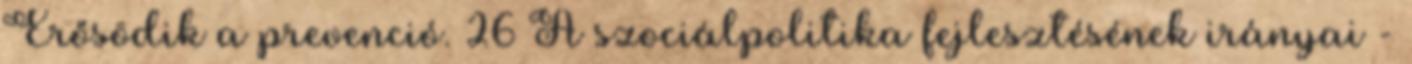
Erősödik a prevenció. 26 A szociálpolitika fejlesztésének irányai -